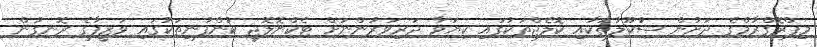
މިޕްރޮގްރާމްގެ ދަށުން ސުކޫލުތަކާއި ކޮލެޖްތަކުގައި ކިޔަވާ ދަރިވަރުންނަށް ޓެކްނޮލޮޖީ ކުންފުނިތަކުގައި ވަޒީފާގެ ރޮނގުން